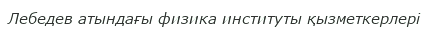
Лебедев атындағы физика институты қызметкерлері